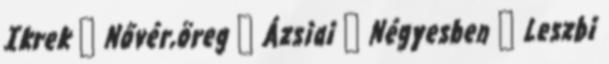
Ikrek ▪ Nővér,öreg ▪ Ázsiai ▪ Négyesben ▪ Leszbi